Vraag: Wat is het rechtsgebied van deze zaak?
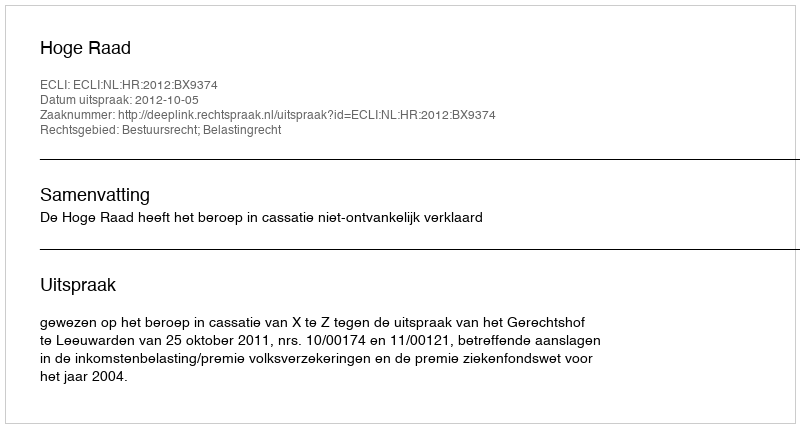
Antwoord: Bestuursrecht; Belastingrecht